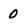
Character: 0